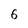
Character: 6